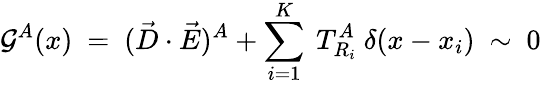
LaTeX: {\cal G}^{A}(x)~=~(\vec{D}\cdot\vec{E})^{A}+\sum_{i=1}^{K}~T_{R_{i}}^{A}~\delta(x-x_{i})~\sim~0